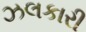
ઝલકારી